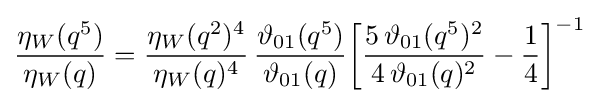
{\frac {\eta _{W}(q^{5})}{\eta _{W}(q)}}={\frac {\eta _{W}(q^{2})^{4}}{\eta _{W}(q)^{4}}}\,{\frac {\vartheta _{01}(q^{5})}{\vartheta _{01}(q)}}{\biggl [}{\frac {5\,\vartheta _{01}(q^{5})^{2}}{4\,\vartheta _{01}(q)^{2}}}-{\frac {1}{4}}{\biggr ]}^{-1}